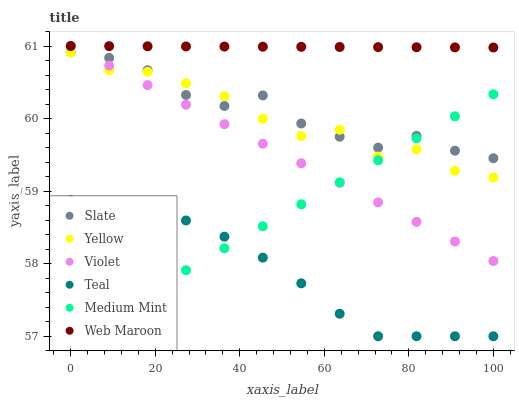
| xaxis_label | Slate | Yellow | Violet | Teal | Medium Mint | Web Maroon |
 | --- | --- | --- | --- | --- | --- | --- |
 | 0 | 60.9 | 60.9 | 61 | 58.9 | 57 | 61 |
 | 9.09 | 60.8 | 60.7 | 60.7 | 58.8 | 57.3 | 61 |
 | 18.2 | 60.7 | 60.6 | 60.5 | 58.8 | 57.6 | 61 |
 | 27.3 | 60.3 | 60.5 | 60.2 | 58.6 | 57.9 | 61 |
 | 36.4 | 60.2 | 60.3 | 59.9 | 58.4 | 58.2 | 61 |
 | 45.5 | 60.3 | 60 | 59.7 | 58.1 | 58.5 | 61 |
 | 54.5 | 59.9 | 59.8 | 59.4 | 57.7 | 58.8 | 61 |
 | 63.6 | 59.8 | 59.8 | 59.1 | 57.3 | 59.1 | 61 |
 | 72.7 | 59.6 | 59.5 | 58.8 | 57 | 59.4 | 61 |
 | 81.8 | 59.8 | 59.6 | 58.6 | 57 | 59.7 | 61 |
 | 90.9 | 59.6 | 59.3 | 58.3 | 57 | 60 | 61 |
 | 100 | 59.5 | 59.2 | 58 | 57 | 60.3 | 61 |